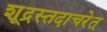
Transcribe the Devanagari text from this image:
शूद्रस्तदाचरेत्